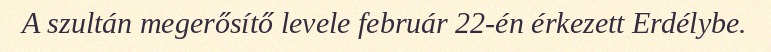
A szultán megerősítő levele február 22-én érkezett Erdélybe.